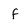
Character: f